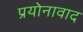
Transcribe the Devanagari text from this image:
प्रयोनावाद